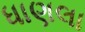
ધાણલા